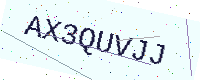
Text: AX3QUVJJ